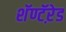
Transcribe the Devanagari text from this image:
शॅण्टॅऱेड